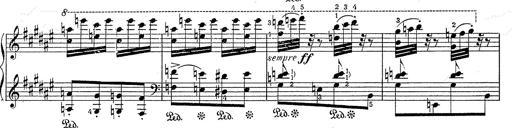
Title: Hungarian Rhapsody No.2
Composer: Franz Liszt
Key: C-sharp minor